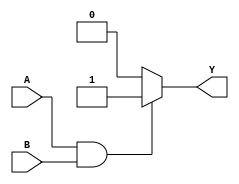
module and_gate(
    input A,
    input B,
    output reg Y
);

always @(*)
begin
    if(A & B)
        Y = 1;
    else
        Y = 0;
end

endmodule